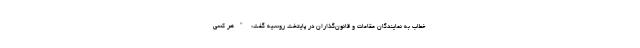
خطاب به نمایندگان مقامات و قانون‌گذاران در پایتخت روسیه گفت: "هر کسی